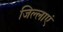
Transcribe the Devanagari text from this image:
जिल्लाएं